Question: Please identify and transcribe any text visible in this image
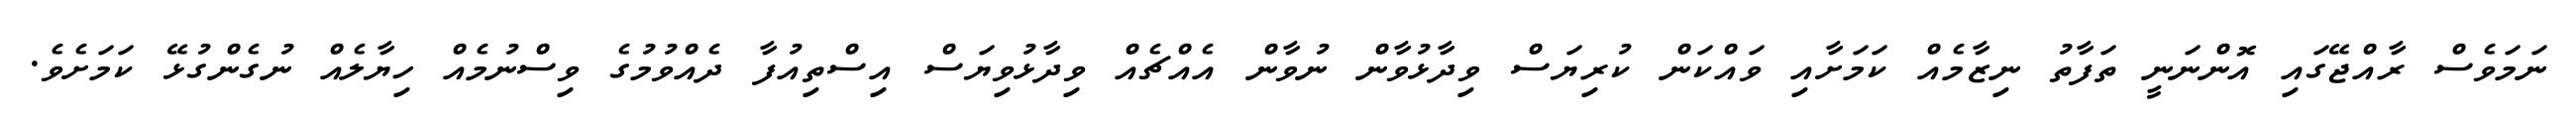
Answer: ނަމަވެސް ރާއްޖޭގައި އޮންނަނީ ތަފާތު ނިޒާމެއް ކަމަށާއި ވައްކަން ކުރިޔަސް ވިދާޅުވާން ނުވާން އެއްޗެއް ވިދާޅުވިޔަސް އިސްތިއުފާ ދެއްވުމުގެ ވިސްނުމެއް ހިޔާލެއް ނުގެންގުޅޭ ކަމަށެވެ.